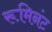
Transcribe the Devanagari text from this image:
रूमिनंट